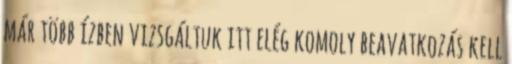
már több ízben vizsgáltuk itt elég komoly beavatkozás kell